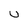
Character: u